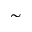
\sim